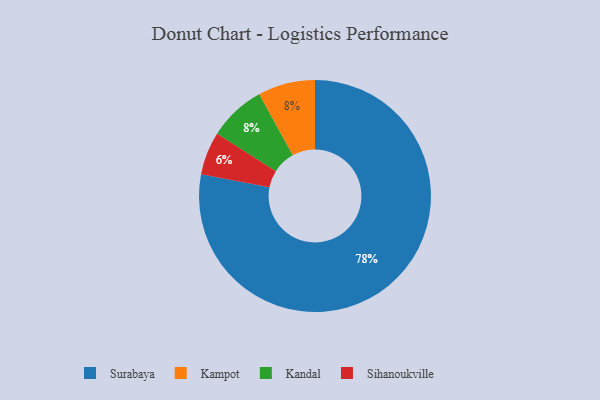
{"axis": {"x": "Category", "y": "Percentage"}, "legend": ["Kampot", "Kandal", "Sihanoukville", "Surabaya"], "data": [{"x": "Kampot", "y": 8, "type": "Kampot"}, {"x": "Surabaya", "y": 78, "type": "Surabaya"}, {"x": "Sihanoukville", "y": 6, "type": "Sihanoukville"}, {"x": "Kandal", "y": 8, "type": "Kandal"}]}